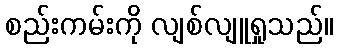
စည်းကမ်းကို လျစ်လျူရှုသည်။